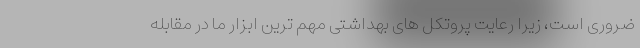
ضروری است، زیرا رعایت پروتکل های بهداشتی مهم ترین ابزار ما در مقابله